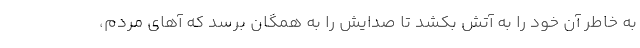
به خاطر آن خود را به آتش بکشد تا صدایش را به همگان برسد که آهای مردم،